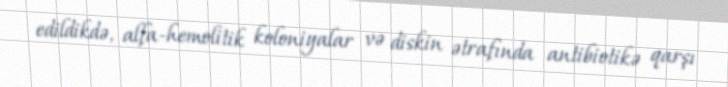
edildikdə, alfa-hemolitik koloniyalar və diskin ətrafında antibiotikə qarşı